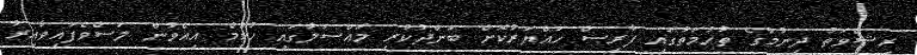
ރިޝްވަތު ދިނުމުގެ ތުހުމަތުގައި ފާރިސް ހައްޔަރުކޮށް ބަންދުކުރި މައްސަލާގައި ހުކުމް އިއްވުން ލަސްވެފައިވާއިރު